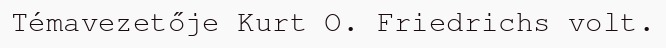
Témavezetője Kurt O. Friedrichs volt.